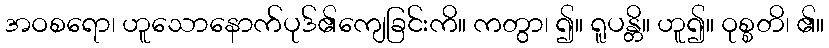
အဝစရော၊ ဟူသောနောက်ပုဒ်၏ကျေခြင်းကိ။ ကတွာ၊ ၍။ ရူပန္တိ။ ဟူ၍။ ဝုစ္စတိ၊ ၏။